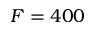
F = 4 0 0